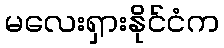
မလေးရှားနိုင်ငံက